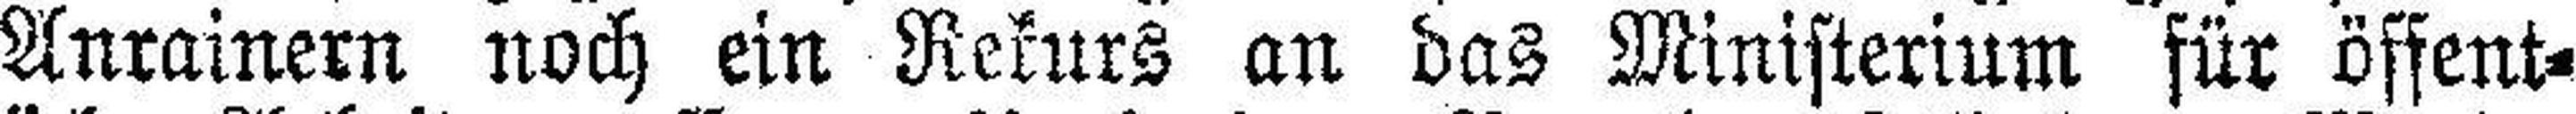
Anrainern noch ein Rekurs an das Ministerium für öffent¬